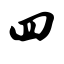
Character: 四